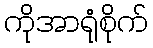
ကိုအာရုံစိုက်